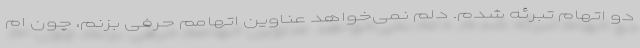
دو اتهام تبرئه شدم. دلم نمی‌خواهد عناوین اتهامم حرفی بزنم، چون ام